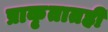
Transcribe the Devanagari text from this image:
प्राकृतातही